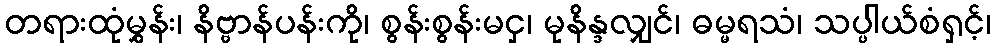
တရားထုံမွှန်း၊ နိဗ္ဗာန်ပန်းကို၊ စွန်းစွန်းမငှ၊ မုနိန္ဒလျှင်၊ ဓမ္မရသံ၊ သပ္ပါယ်စံရှင့်၊